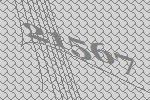
21567